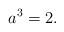
LaTeX: \begin{align*}a^3=2.\end{align*}